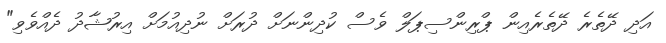
އަދި ދޭތެރެ ދޭތެރެއިން ޕްރިންސިޕަލް ވެސް ކުދިންނަށް ދުރަށް ނުދިއުމަށް އިރުޝާދު ދެއްވެވި"